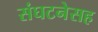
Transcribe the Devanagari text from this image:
संघटनेसह